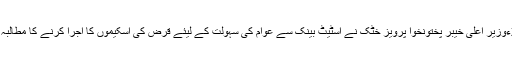
2016ءوزیر اعلیٰ خیبر پختونخوا پرویز خٹک نے اسٹیٹ بینک سے عوام کی سہولت کے لیئے قرض کی اسکیموں کا اجرا کرنے کا مطالبہ کر دیا۔